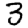
Digit: 3